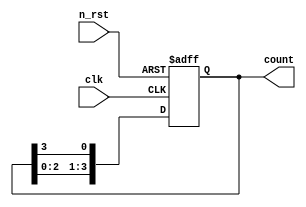
module ring_cnt(
    input clk,
    input n_rst,
    output reg [3:0] count
);


always @(posedge clk or negedge n_rst) begin
    if(!n_rst) begin
        count <= 4'h0001;
    end 
    else begin 
        count <= {count[2:0], count[3]};
    end
    /*else (count == 4'h1111) begin
        count <= 4'h0000;
    end */

end



endmodule